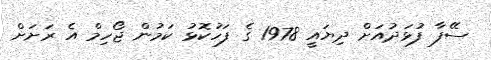
ސޭފާ ފުޅަދުއަށް ދިޔައީ 1978 ގެ ފަހުކޮޅު ކަމުން ޖޯހިމް އެ ރަށަށް